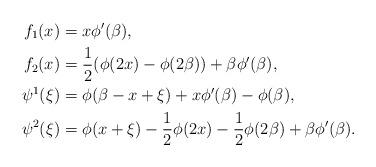
LaTeX: \begin{align*}f_1(x)&=x\phi'(\beta),\\f_2(x)&=\frac{1}{2}(\phi(2 x)-\phi(2\beta))+\beta \phi'(\beta),\\\psi^1(\xi)&=\phi(\beta-x+\xi)+x\phi'(\beta)-\phi(\beta),\\\psi^2(\xi)&=\phi(x+\xi)-\frac{1}{2}\phi(2x)-\frac{1}{2}\phi(2\beta)+\beta\phi'(\beta).\end{align*}